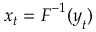
\boldsymbol { x } _ { t } = \boldsymbol { F } ^ { - 1 } ( \boldsymbol { y } _ { t } )